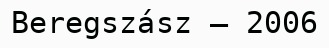
Beregszász – 2006